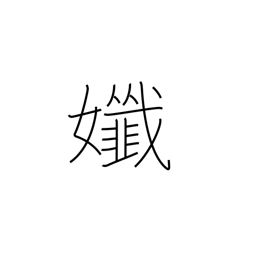
Meaning: delicate